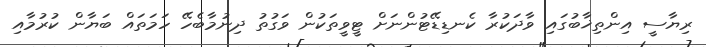
ރިޔާސީ އިންތިޚާބުގައި ވާދަކުރާ ކެނޑިޑޭޓުންނަށް ޓީވީތަކުން ވަގުތު ދިނުމާބެހޭ ހަމަތައް ބަޔާން ކުރުމާއި